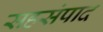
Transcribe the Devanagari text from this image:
सहसंपाद